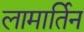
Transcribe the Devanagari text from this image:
लामार्तिन